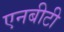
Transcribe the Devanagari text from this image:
एनबीटी